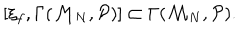
[ \xi _ { f } , \Gamma ( { \cal M } _ { N } , { \cal P } ) ] \subset \Gamma ( { \cal M } _ { N } , { \cal P } ) .